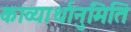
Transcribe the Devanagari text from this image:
काव्यार्थानुमिति